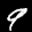
Label: 9